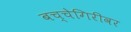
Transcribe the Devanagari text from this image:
बच्चेगिरीवर